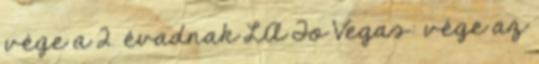
vége a 2. évadnak LA To Vegas: vége az